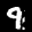
Label: 9